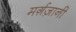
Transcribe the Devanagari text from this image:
मर्ग़ज़ानी